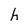
Character: h